Annual report of the Imperial Bacteriological Laboratory, Muktesar
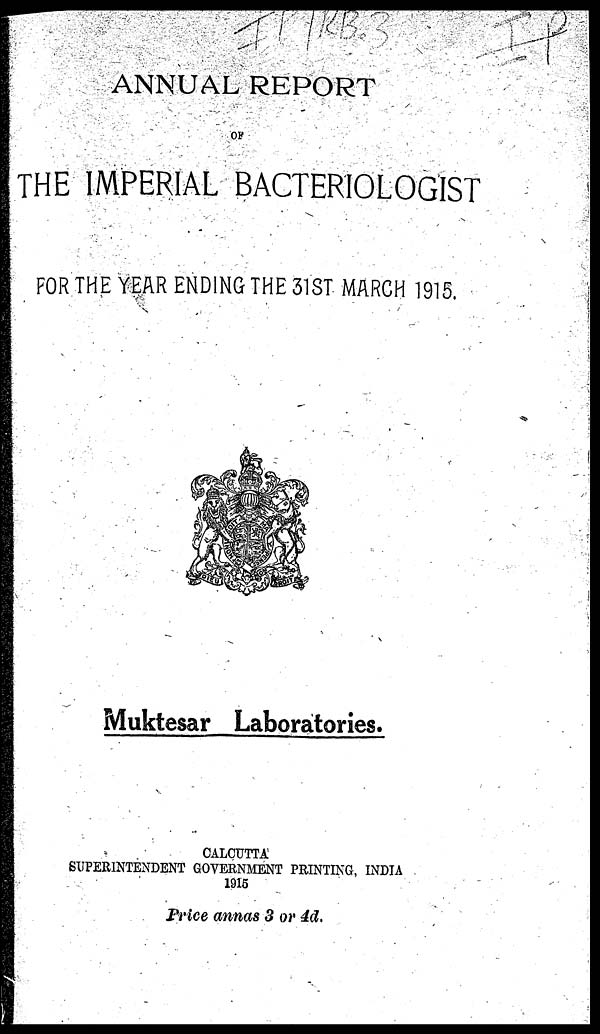
ANNUAL REPORT
OF
THE IMPERIAL BACTERIOLOGIST
FOR THE YEAR ENDING THE 31ST MARCH 1915.
Muktesar Laboratories.
CALCUTTA
SUPERINTENDENT GOVERNMENT PRINTING, INDIA
1915
Price annas 3 or 4d.